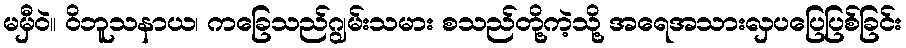
မမှီဝဲ။ ဝိဘူသနာယ၊ ကခြေသည်ဂျွမ်းသမား စသည်တို့ကဲ့သို့ အရေအသားလှပပြေပြစ်ခြင်း